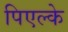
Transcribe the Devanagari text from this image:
पिएल्के